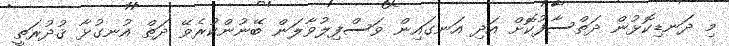
މި ދަނޑިކޮޅުން ދަތްސާފުކޮށް އަދި އަނގައިން ވަސްފިލުވާލަން ބޭނުންކުރެވޭ ދަތް އުނގުޅާ ޤުދުރަތީ